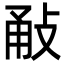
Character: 㪌